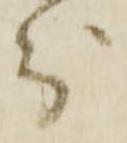
分